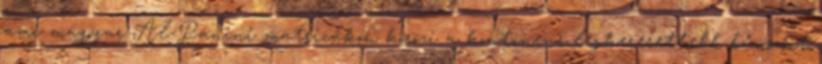
ami magyar Ál-Panini matricákon körözi a kontinens legkeresettebb bűnözőit